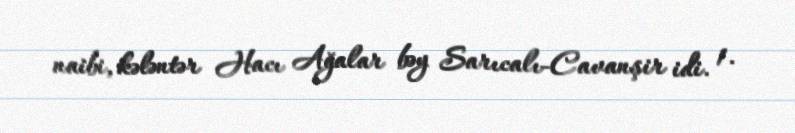
naibi, kələntər Hacı Ağalar bəy Sarıcalı-Cavanşir idi. 1.